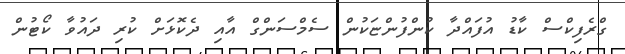
ގްރެފިކްސް ކާޑު އުފައްދާ ކުންފުންޏަކުން ސެމްސަންގް އާއި ދެކޮޅަށް ކުރި ދައުވާ ކޯޓުން